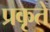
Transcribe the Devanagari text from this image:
प्रकृते